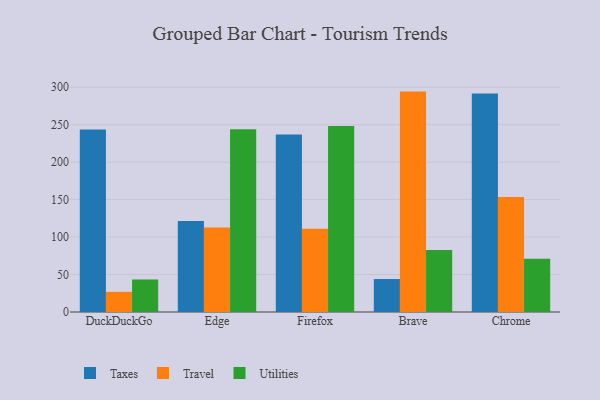
{"axis": {"x": "Browser", "y": "Tickets Resolved"}, "legend": ["Taxes", "Travel", "Utilities"], "data": [{"x": "DuckDuckGo", "y": 243.4, "type": "Taxes"}, {"x": "DuckDuckGo", "y": 26.9, "type": "Travel"}, {"x": "DuckDuckGo", "y": 43.4, "type": "Utilities"}, {"x": "Edge", "y": 121.3, "type": "Taxes"}, {"x": "Edge", "y": 112.9, "type": "Travel"}, {"x": "Edge", "y": 244.0, "type": "Utilities"}, {"x": "Firefox", "y": 236.7, "type": "Taxes"}, {"x": "Firefox", "y": 111.2, "type": "Travel"}, {"x": "Firefox", "y": 248.2, "type": "Utilities"}, {"x": "Brave", "y": 44.0, "type": "Taxes"}, {"x": "Brave", "y": 294.1, "type": "Travel"}, {"x": "Brave", "y": 82.7, "type": "Utilities"}, {"x": "Chrome", "y": 291.5, "type": "Taxes"}, {"x": "Chrome", "y": 153.3, "type": "Travel"}, {"x": "Chrome", "y": 70.9, "type": "Utilities"}]}